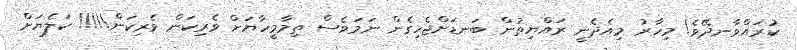
ކުރައްވާނދޭވެ! މިހާރު މިއެދެނީ ރައްޔިތުން ބަނޑަށްޖެހިގެން ނަމަވެސް ތިމާމީހާޔަށް ވެރިކަން ވެރިކަން!!!!! ކަލެޔަށް